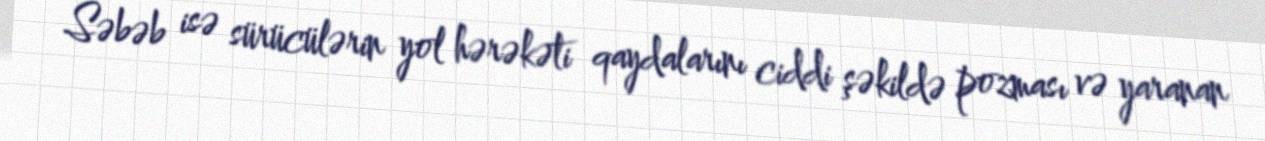
Səbəb isə sürücülərin yol hərəkəti qaydalarını ciddi şəkildə pozması və yaranan